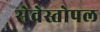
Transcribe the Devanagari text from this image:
सेवेस्तोपल